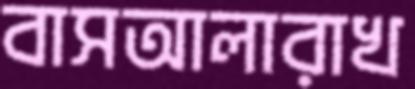
বাসআলারাখ